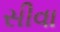
સીવા